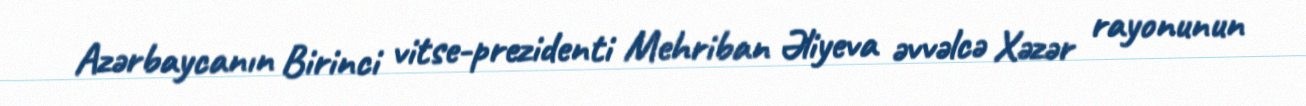
Azərbaycanın Birinci vitse-prezidenti Mehriban Əliyeva əvvəlcə Xəzər rayonunun